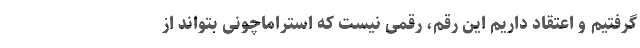
گرفتیم و اعتقاد داریم این رقم، رقمی نیست که استراماچونی بتواند از